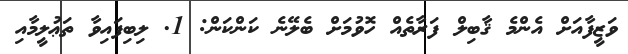
ވަޒީފާއަށް އެންމެ ޤާބިލް ފަރާތެއް ހޮވުމަށް ބެލޭނެ ކަންކަން: 1. ލިބިފައިވާ ތަޢުލީމާއި